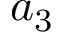
a _ { 3 }